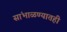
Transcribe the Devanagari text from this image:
सांभाळण्यातही